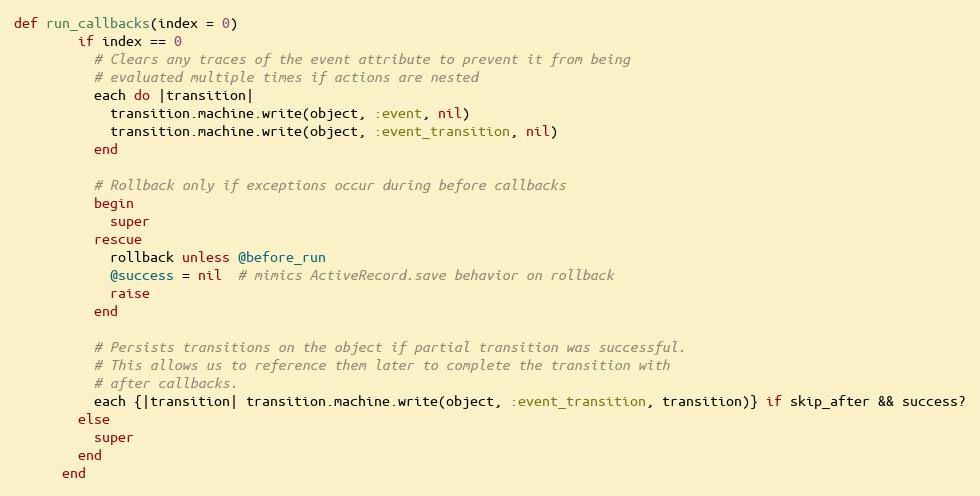
Language: Ruby
def run_callbacks(index = 0)
        if index == 0
          # Clears any traces of the event attribute to prevent it from being
          # evaluated multiple times if actions are nested
          each do |transition|
            transition.machine.write(object, :event, nil)
            transition.machine.write(object, :event_transition, nil)
          end

          # Rollback only if exceptions occur during before callbacks
          begin
            super
          rescue
            rollback unless @before_run
            @success = nil  # mimics ActiveRecord.save behavior on rollback
            raise
          end

          # Persists transitions on the object if partial transition was successful.
          # This allows us to reference them later to complete the transition with
          # after callbacks.
          each {|transition| transition.machine.write(object, :event_transition, transition)} if skip_after && success?
        else
          super
        end
      end